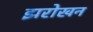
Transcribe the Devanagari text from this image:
झरोखन